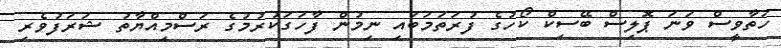
ހަތާވީސް ވަނަ ޕޮލިސް ބޭސިކް ކޯހުގެ ފުރަތަމަބައި ނިމުން ފާހަގަކުރުމުގެ ރަސްމިއްޔާތު ޝަރަފުވެރި